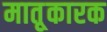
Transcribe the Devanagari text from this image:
मातृ्कारक